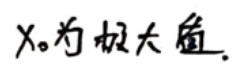
$x_0$为极大值.